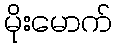
မိုးမောက်